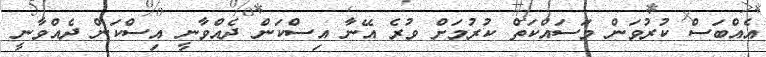
އެއްބަސް ކުރުވަން މަސައްކަތް ކުރުމަށް ވުރެ އޭނާ އިސްކަން ދެއްވާނީ އިސްކަން ދެއްވާނީ